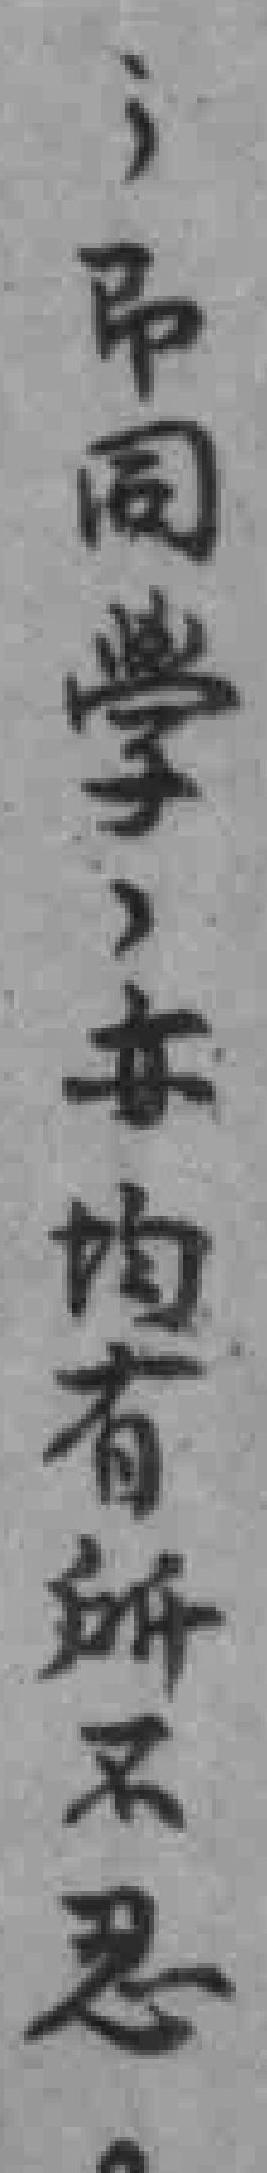
；即同学，亦均有所不忍